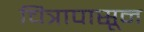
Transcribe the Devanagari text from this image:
चित्रापासून